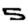
Digit: 5